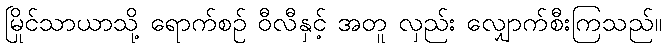
မြိုင်သာယာသို့ ရောက်စဉ် ဝီလီနှင့် အတူ လှည်း လျှောက်စီးကြသည်။